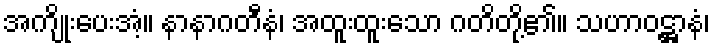
အကျိုးပေးအံ့။ နာနာဂတီနံ၊ အထူးထူးသော ဂတိတို့၏။ သဟာဝဋ္ဌာနံ၊